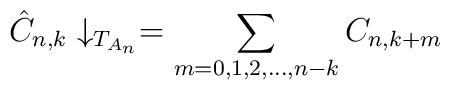
\hat{C}_{n,k} \downarrow_{T_{A_n}} = \sum_{m=0,1,2,...,n-k} C_{n,k+m}